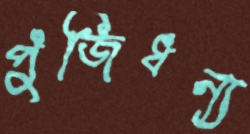
পুঁজিধন্য